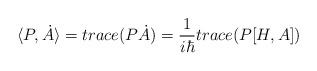
LaTeX: \begin{align*}\langle P,\dot{A}\rangle=trace(P\dot{A})=\frac{1}{i\hbar}trace(P[H,A])\end{align*}